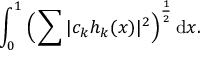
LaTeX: \int _ { 0 } ^ { 1 } { \Bigl ( } \sum | c _ { k } h _ { k } ( x ) | ^ { 2 } { \Bigr ) } ^ { \frac { 1 } { 2 } } \, \mathrm { d } x .